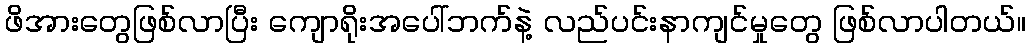
ဖိအားတွေဖြစ်လာပြီး ကျောရိုးအပေါ်ဘက်နဲ့ လည်ပင်းနာကျင်မှုတွေ ဖြစ်လာပါတယ်။